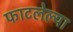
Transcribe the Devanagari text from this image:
फाटलेल्या